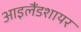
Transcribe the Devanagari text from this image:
आइलैंडशायर